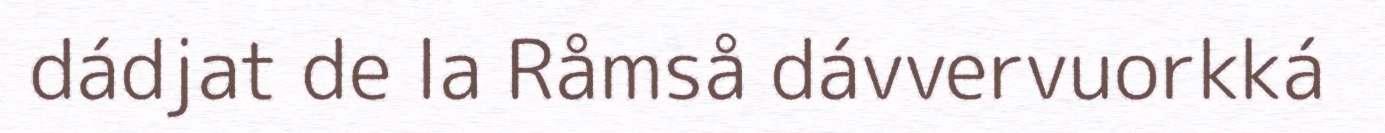
dádjat de la Råmså dávvervuorkká